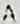
A